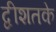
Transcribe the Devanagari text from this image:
द्वीशतके